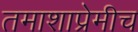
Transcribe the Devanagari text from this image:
तमाशाप्रेमीच